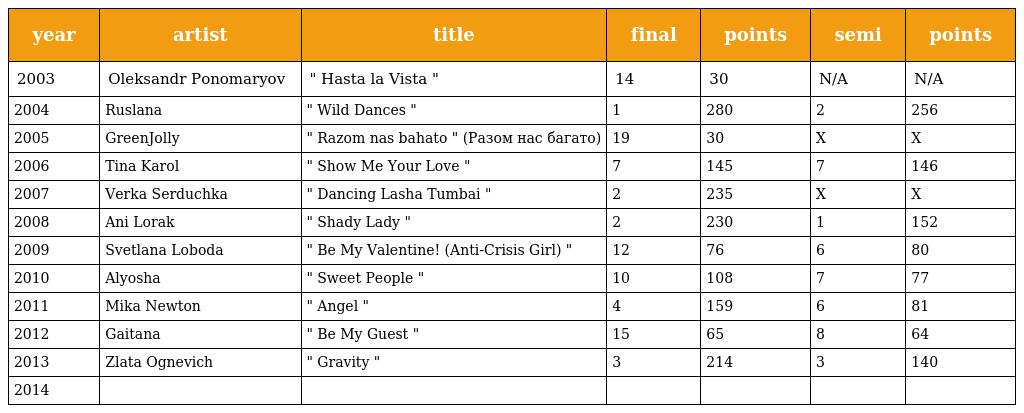
| year | artist | title | final | points | semi | points |
 | --- | --- | --- | --- | --- | --- | --- |
 | 2003 | Oleksandr Ponomaryov | " Hasta la Vista " | 14 | 30 | N/A | N/A |
 | 2004 | Ruslana | " Wild Dances " | 1 | 280 | 2 | 256 |
 | 2005 | GreenJolly | " Razom nas bahato " (Разом нас багато) | 19 | 30 | X | X |
 | 2006 | Tina Karol | " Show Me Your Love " | 7 | 145 | 7 | 146 |
 | 2007 | Verka Serduchka | " Dancing Lasha Tumbai " | 2 | 235 | X | X |
 | 2008 | Ani Lorak | " Shady Lady " | 2 | 230 | 1 | 152 |
 | 2009 | Svetlana Loboda | " Be My Valentine! (Anti-Crisis Girl) " | 12 | 76 | 6 | 80 |
 | 2010 | Alyosha | " Sweet People " | 10 | 108 | 7 | 77 |
 | 2011 | Mika Newton | " Angel " | 4 | 159 | 6 | 81 |
 | 2012 | Gaitana | " Be My Guest " | 15 | 65 | 8 | 64 |
 | 2013 | Zlata Ognevich | " Gravity " | 3 | 214 | 3 | 140 |
 | 2014 |  |  |  |  |  |  |